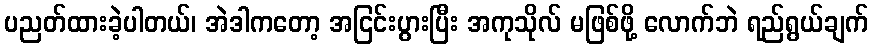
ပညတ်ထားခဲ့ပါတယ်၊ အဲဒါကတော့ အငြင်းပွားပြီး အကုသိုလ် မဖြစ်ဖို့ လောက်ဘဲ ရည်ရွယ်ချက်